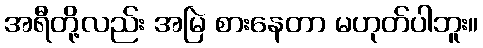
အရီတို့လည်း အမြဲ စားနေတာ မဟုတ်ပါဘူး။